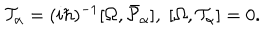
{ \cal T } _ { \alpha } = ( i \hbar ) ^ { - 1 } [ \Omega , \bar { { \cal P } } _ { \alpha } ] , \; [ \Omega , { \cal T } _ { \alpha } ] = 0 .